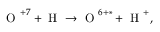
\mathrm { ~ O ~ } ^ { + 7 } + \mathrm { ~ H ~ } \rightarrow \mathrm { ~ O ~ } ^ { 6 + * } + \mathrm { ~ H ~ } ^ { + } ,